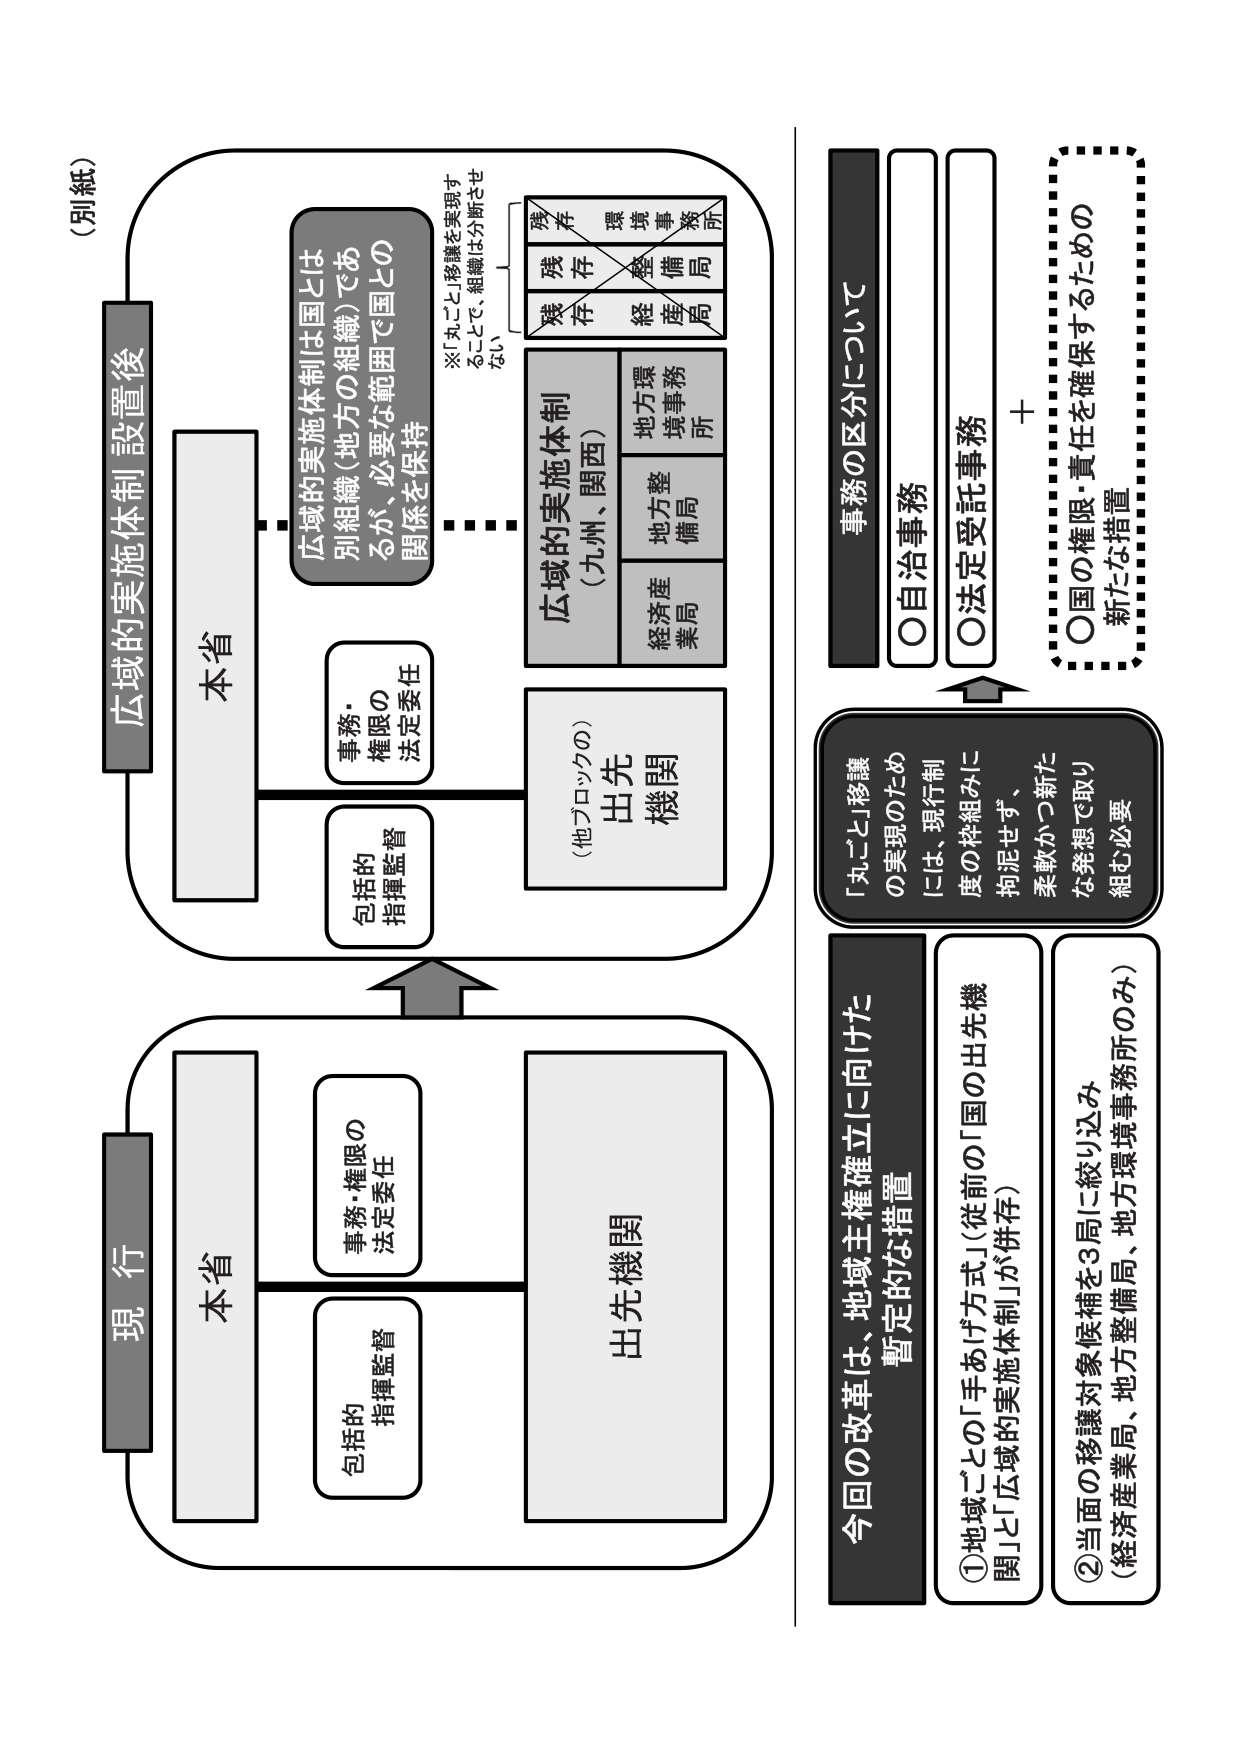
（別紙）

現行
本省
包括的
指揮監督
事務・権限の
法定委任
出先機関

広域的実施体制設置後
本省
包括的
指揮監督
事務・
権限の
法定委任
広域的実施体制は国とは
別組織（地方の組織）であ
るが、必要な範囲で国との
関係を保持
※「丸ごと」移譲を実現す
ることで、組織は分断させ
ない
出先機関
（他ブロックの）
広域的実施体制
（九州、関西）
経済産業局
地方整備局
地方環境事務所
残存
残存
残存
残存
環境事務所
整備局
経産局

今回の改革は、地域主権確立に向けた
暫定的な措置
①地域ごとの「手あげ方式」（従前の「国の出先機
関」と「広域的実施体制」が併存）
②当面の移譲対象候補を3局に絞り込み
（経済産業局、地方整備局、地方環境事務所のみ）

事務の区分について
○自治事務
○法定受託事務
＋
○国の権限・責任を確保するための
新たな措置

「丸ごと移譲
の実現のため
には、現行制
度の枠組みに
拘泥せず、
柔軟かつ新た
な発想で取り
組む必要